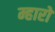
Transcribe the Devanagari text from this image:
म्हारों